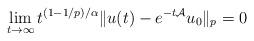
LaTeX: \begin{align*}\lim_{t\to \infty}t^{ (1-1/p)/\alpha}\|u(t)-e^{-t{\cal A}}u_0\|_p = 0\end{align*}